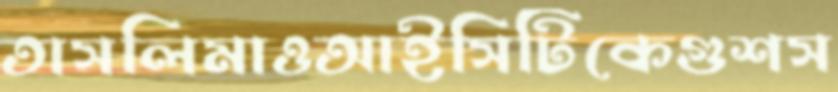
তাসলিমাওআইসিটিকেগুশস